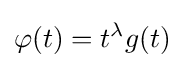
\varphi (t)=t^{\lambda }g(t)